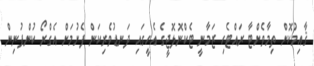
ޤާއިމުކޮށް ތިމާވެށްޓާ ރައްޓެހި ޒަމާނީ ޓެކްނޮލޮޖީގެ އެހީގައި ދަނޑުވެރިކަން ފެށުމަށް އެގްރޯ ކުންފުނިން